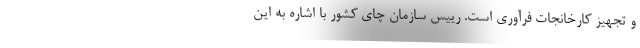
و تجهیز کارخانجات فرآوری است. رییس سازمان چای کشور با اشاره به این